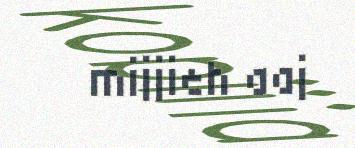
mijjieh aaj